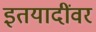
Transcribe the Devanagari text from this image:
इतयादींवर